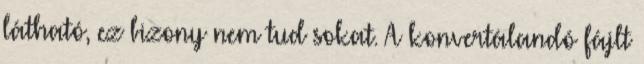
látható, ez bizony nem tud sokat. A konvertálandó fájlt